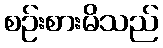
စဉ်းစားမိသည်